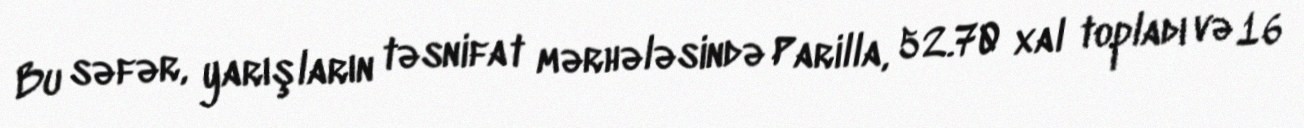
Bu səfər, yarışların təsnifat mərhələsində Parilla, 52.70 xal topladı və 16